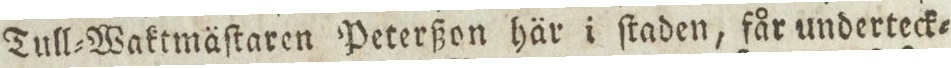
Tull=Waktmäſtaren Peterßon här i ſtaden, får underteck=